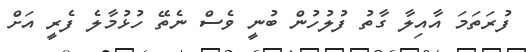
ފުރަތަމަ އާއިލާ ގާތު ފުލުހުން ބުނީ ވެސް ނެތޭ ހުޅުމާލެ ފެރީ އަށް